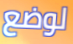
لوضع